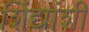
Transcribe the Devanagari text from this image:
शिंद्यांशी